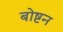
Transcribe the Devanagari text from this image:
बोष्टन